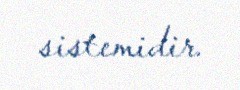
sistemidir.